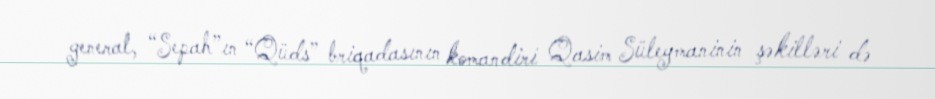
general, “Sepah”ın “Qüds” briqadasının komandiri Qasim Süleymaninin şəkilləri də